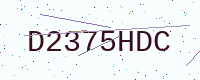
Text: D2375HDC